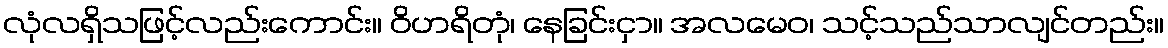
လုံလရှိသဖြင့်လည်းကောင်း။ ဝိဟရိတုံ၊ နေခြင်းငှာ။ အလမေဝ၊ သင့်သည်သာလျင်တည်း။